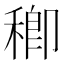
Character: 𥠈